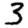
Digit: 3